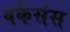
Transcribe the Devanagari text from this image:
वकेसंस